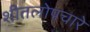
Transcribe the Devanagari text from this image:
शीतलोपचारे